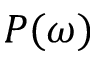
P ( \omega )